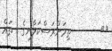
٥٥       ތިމަންރަސްކަލާނގެ  ތައް